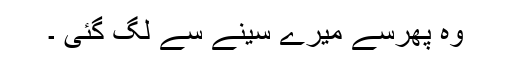
وہ پھرسے میرے سینے سے لگ گئی ۔